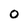
Character: 0